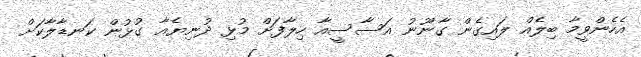
އެހެންވީމާ ބިލެއް ލައިގެން ގާނޫނު އަސާސީއާ ހިލާފަށް މުޅި ދުނިޔެއާ ގުޅުން ކަނޑާލާކަށް